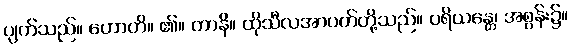
ပျက်သည်။ ဟောတိ။ ၏။ တာနိ။ ထိုသီလအာပတ်တို့သည်။ ပရိယန္တေ၊ အစွန်း၌။